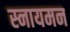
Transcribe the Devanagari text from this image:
स्नायमन